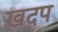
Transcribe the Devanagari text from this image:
खदप